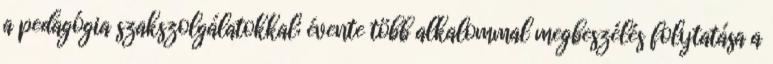
a pedagógia szakszolgálatokkal; évente több alkalommal megbeszélés folytatása a